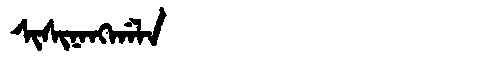
Manchu: ᠰᡳᠰᡳᠨᠠᠩᡤᠠᠯᠠ
Romanization: SISINANGGALA